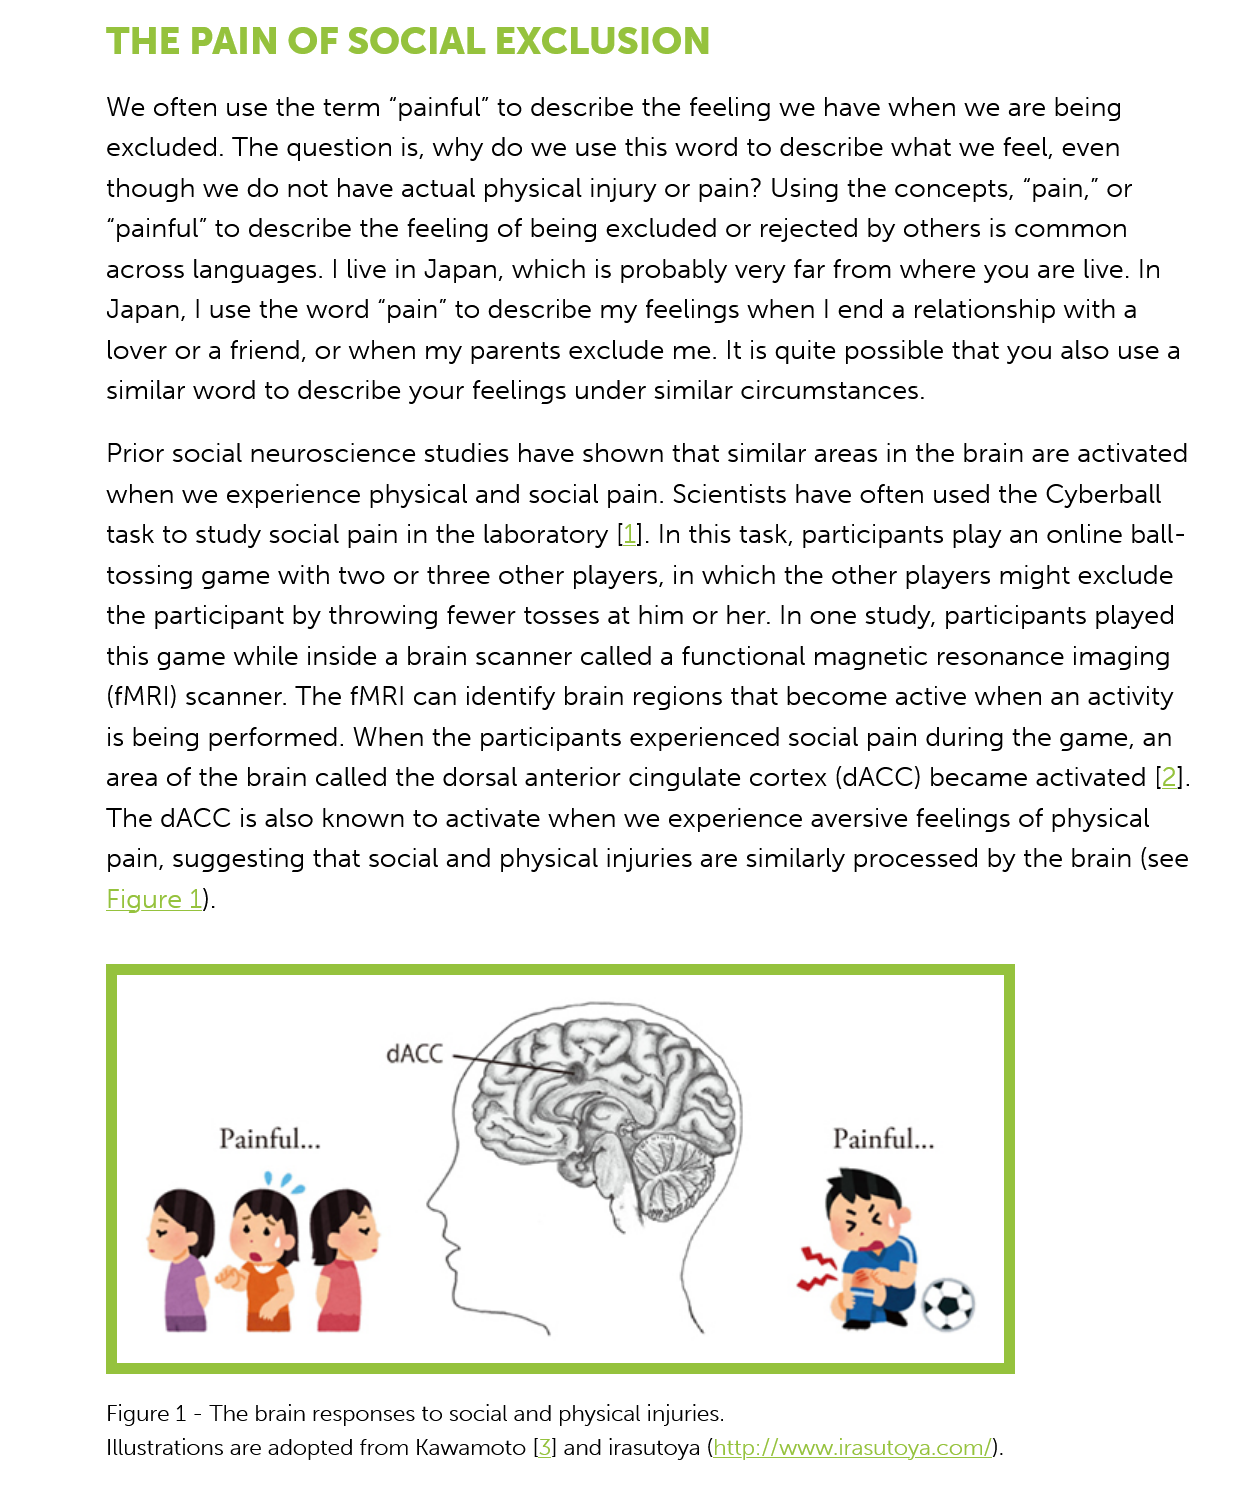
THE    PAIN   OF  SOCIAL    EXCLUSION
     We often use the term “painful” to describe the feeling we have when we are being
     excluded. The question is, why do we use this word to describe what we feel, even
     though  we do not have actual physical injury or pain? Using the concepts, “pain,” or
     “painful” to describe the feeling of being excluded or rejected by others is common
     across languages. | live in Japan, which is probably very far from where you are live. In
     Japan, | use the word “pain” to describe my feelings when | end a relationship with a
     lover or
     a
     friend, or when my  parents exclude me. It is quite possible that you also use a
     similar word to describe your feelings under similar circumstances.
     Prior social neuroscience studies have shown that similar areas in the brain are activated
     when we experience  physical and social pain. Scientists have often used the Cyberball
     task to study social pain in the laboratory [1]. In this task, participants play an online ball-
     tossing game with two or three other players, in which the other players might exclude
     the participant by throwing fewer tosses at him or her. In one study, participants played
     this game while inside a brain scanner called a functional magnetic resonance imaging
     (fMRI) scanner. The fMRI can identify brain regions that become active when an activity
     is being performed. When the participants experienced social pain during the game, an
     area of the brain called the dorsal anterior cingulate cortex (AACC) became activated [2].
     The dACC is also known to activate when we experience aversive feelings of physical
     pain, suggesting that social and physical injuries are similarly processed by the brain (see
     Figure 1).
     dACC
     Painful...    Painful...
     29¢
     s
     EUS
     Figure 1
     -
     The brain responses to social and physical injuries.
     Illustrations are adopted from Kawamoto [3] and irasutoya (http://www. irasutoya.com/).